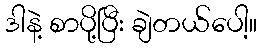
ဒါနဲ့ စာပို့ပြီး ချဲတယ်ပေါ့။